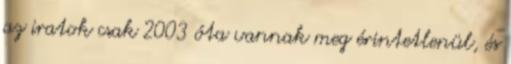
az iratok csak 2003 óta vannak meg érintetlenül, és